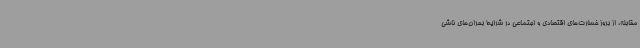
مقابله، از بروز خسارت‌های اقتصادی و اجتماعی در شرایط بحران‌های ناشی